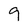
Character: 9